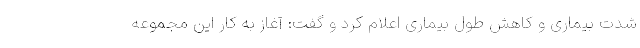
شدت بیماری و کاهش طول بیماری اعلام کرد و گفت: آغاز به کار این مجموعه